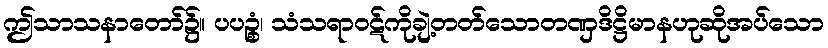
ဤသာသနာတော်၌။ ပပဉ္စံ၊ သံသရာဝဋ်ကိုချဲ့တတ်သောတဏှဒိဋ္ဌိမာနဟုဆိုအပ်သော